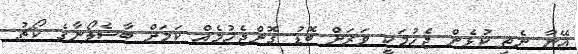
އޭނާ ނެތި ކުޅެން ޖެހުމަކީ ވަރަށް ބޮޑު ގޮންޖެހުމެއް ކަމަށް ބާސެލޯނާގެ ކޯޗު